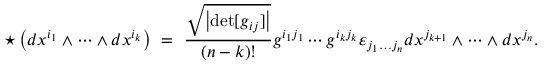
\star \left( d x ^ { i _ { 1 } } \wedge \dots \wedge d x ^ { i _ { k } } \right) \ = \ { \frac { \sqrt { \left| \operatorname* { d e t } [ g _ { i j } ] \right| } } { ( n - k ) ! } } g ^ { i _ { 1 } j _ { 1 } } \cdots g ^ { i _ { k } j _ { k } } \varepsilon _ { j _ { 1 } \dots j _ { n } } d x ^ { j _ { k + 1 } } \wedge \dots \wedge d x ^ { j _ { n } } .